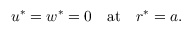
u ^ { * } = w ^ { * } = 0 \quad \mathrm { a t } \quad r ^ { * } = a .